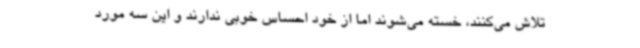
تلاش می‌کنند، خسته می‌شوند اما از خود احساس خوبی ندارند و این سه مورد